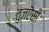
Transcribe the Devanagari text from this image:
तुजऎसी